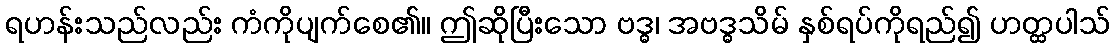
ရဟန်းသည်လည်း ကံကိုပျက်စေ၏။ ဤဆိုပြီးသော ဗဒ္ဓ၊ အဗဒ္ဓသိမ် နှစ်ရပ်ကိုရည်၍ ဟတ္ထပါသ်